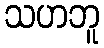
သဟဘူ